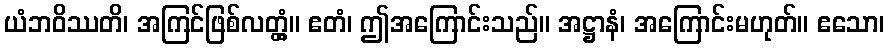
ယံဘဝိဿတိ၊ အကြင်ဖြစ်လတ္တံ့။ ဧတံ၊ ဤအကြောင်းသည်။ အဋ္ဌာနံ၊ အကြောင်းမဟုတ်။ ဧသော၊